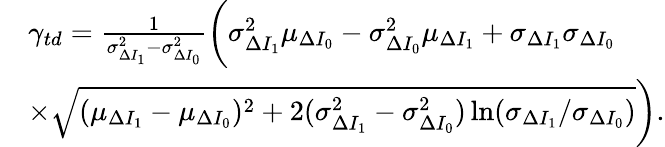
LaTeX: \begin{array}{rl}&{\gamma_{td}=\frac{1}{\sigma_{\Delta I_{1}}^{2}-\sigma_{\Delta I_{0}}^{2}}\bigg(\sigma_{\Delta I_{1}}^{2}\mu_{\Delta I_{0}}-\sigma_{\Delta I_{0}}^{2}\mu_{\Delta I_{1}}+\sigma_{\Delta I_{1}}\sigma_{\Delta I_{0}}}\\ &{\times\sqrt{(\mu_{\Delta I_{1}}-\mu_{\Delta I_{0}})^{2}+2(\sigma_{\Delta I_{1}}^{2}-\sigma_{\Delta I_{0}}^{2})\ln(\sigma_{\Delta I_{1}}/\sigma_{\Delta I_{0}})}\bigg).}\end{array}